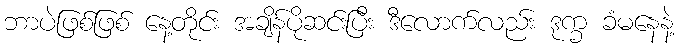
ဘာပဲဖြစ်ဖြစ် နေ့တိုင်း အချိန်ပိုဆင်းပြီး ဒီလောက်လည်း ဒုက္ခ ခံမနေနဲ့